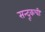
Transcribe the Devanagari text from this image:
सन्दूकची